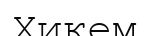
Хикем